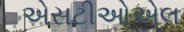
એસટીઓએલ